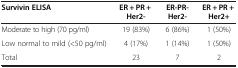
<table><thead><tr><td><b>Survivin ELISA</b></td><td><b>ER + PR + Her2-</b></td><td><b>ER-PR-Her2-</b></td><td><b>ER + PR + Her2+</b></td></tr></thead><tbody><tr><td>Moderate to high (70 pg/ml)</td><td>19 (83%)</td><td>6 (86%)</td><td>1 (50%)</td></tr><tr><td>Low normal to mild (&lt;50 pg/ml)</td><td>4 (17%)</td><td>1 (14%)</td><td>1 (50%)</td></tr><tr><td>Total</td><td>23</td><td>7</td><td>2</td></tr></tbody></table>